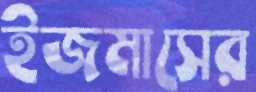
ইজমাসের